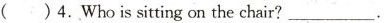
( )4.Who is sitting on the chair? ___ .